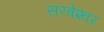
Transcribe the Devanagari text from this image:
सरबेश्‍वर